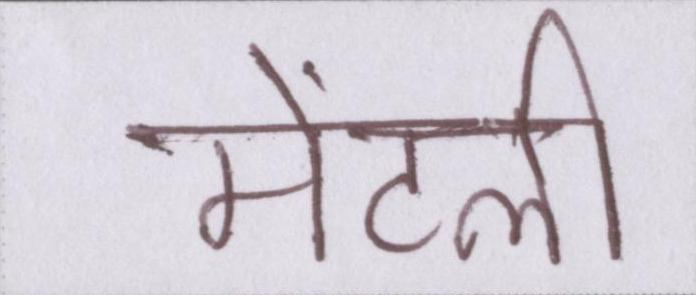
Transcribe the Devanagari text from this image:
मेंटली